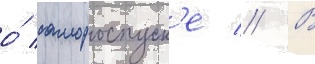
о́ самороспуск'е // В